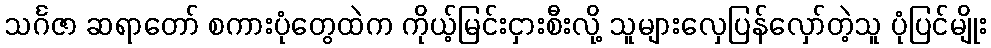
သင်္ဂဇာ ဆရာတော် စကားပုံတွေထဲက ကိုယ့်မြင်းငှားစီးလို့ သူများလှေပြန်လှော်တဲ့သူ ပုံပြင်မျိုး